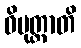
ဝိမုတ္တာတိ